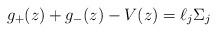
LaTeX: \begin{align*} g_+(z) + g_-(z) - V(z) = \ell_j \Sigma_j \end{align*}